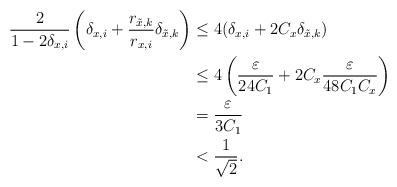
LaTeX: \begin{align*} \frac 2 {1-2\delta_{x,i}} \left( \delta_{x,i} + \frac {r_{\tilde x,k}}{r_{x,i}} \delta_{\tilde x,k} \right) &\leq 4 (\delta_{x,i} + 2 C_x \delta_{\tilde x,k})\\ &\leq 4 \left( \frac \varepsilon { 24C_1 } + 2 C_x \frac \varepsilon {48C_1C_x} \right) \\ &= \frac \varepsilon {3C_1} \\ &< \frac 1 {\sqrt 2}. \end{align*}